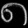
Digit: ၈